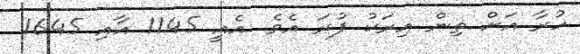
ހުރާ އަށް ތިން އިރަކު ފުރަ އެވެ. އެއީ 1145 އާއި 1645